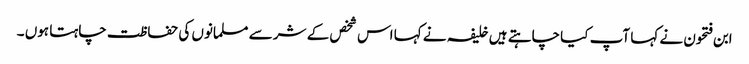
ابن فتحون نے کہا آپ کیا چاہتے ہیں خلیفہ نے کہا اس شخص کے شر سے مسلمانوں کی حفاظت چاہتا ہوں ۔